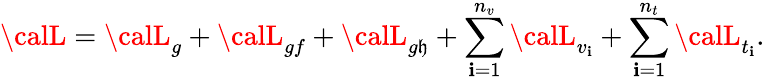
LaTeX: {\calL}={\calL}_{g}+{\calL}_{gf}+{\calL}_{g\mathfrak{h}}+\sum_{\mathbf{i}=1}^{n_{v}}{\calL}_{v_{\mathbf{i}}}+\sum_{\mathbf{i}=1}^{n_{t}}{\calL}_{t_{\mathbf{i}}}.